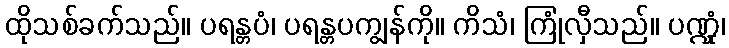
ထိုသစ်ခက်သည်။ ပရန္တပံ၊ ပရန္တပကျွန်ကို။ ကိသံ၊ ကြုံလှီသည်။ ပဏ္ဍုံ၊